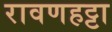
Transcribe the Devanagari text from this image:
रावणहट्टा